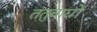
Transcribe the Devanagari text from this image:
तंतुवाद्यों